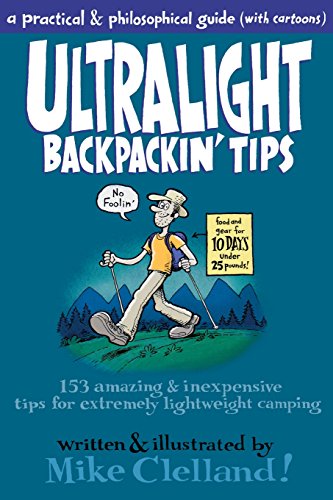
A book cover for Ultralight Backpackin' Tips: 153 Amazing & Inexpensive Tips For Extremely Lightweight Camping; Mike Clelland; Sports & Outdoors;